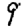
Digit: 9